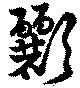
彲